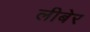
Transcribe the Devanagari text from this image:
लीबेर